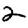
Digit: 2